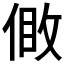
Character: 𠊹